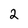
Character: 2